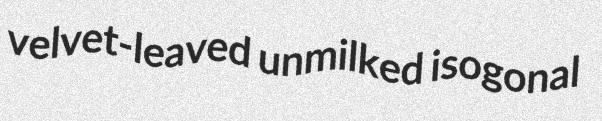
velvet-leaved unmilked isogonal